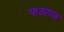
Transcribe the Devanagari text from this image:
फडताड